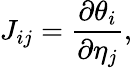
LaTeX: J_{ij}={\frac{\partial\theta_{i}}{\partial\eta_{j}}},